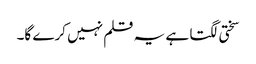
سختی لگتا ہے یہ قلم نہیں کرے گا۔